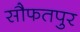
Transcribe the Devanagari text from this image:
सौफतपुर